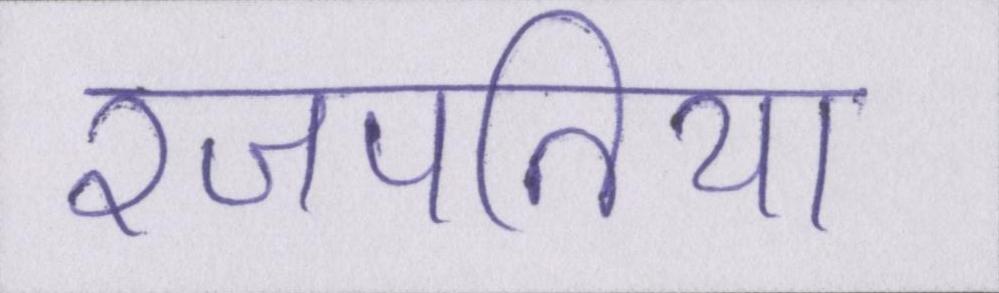
रजपतिया